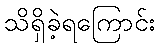
သိရှိခဲ့ရကြောင်း